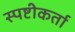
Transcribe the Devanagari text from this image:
स्पष्टीकर्ता